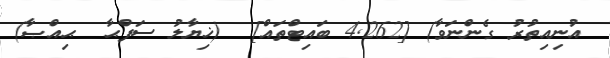
އުނިއިތުރު ގެންނަވާ) [4